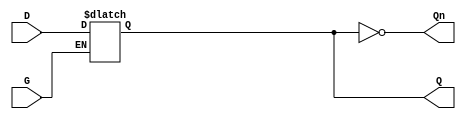
module DualInputGatedLatch (
    input wire D,    // Data Input
    input wire G,    // Gate/Control Input
    output reg Q,    // Output
    output wire Qn   // Inverted Output
);
    
    // Inverted output
    assign Qn = ~Q;

    // Always block to describe the behavior of the gated latch
    always @(*) begin
        if (G) begin
            // When G is high, the latch is transparent
            Q = D;
        end
        // When G is low, Q retains its last value (implicit behavior of reg)
    end
    
endmodule